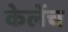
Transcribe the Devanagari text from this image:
केलेंच